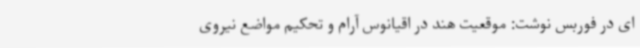
ای در فوربس نوشت: موقعیت هند در اقیانوس آرام و تحکیم مواضع نیروی